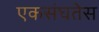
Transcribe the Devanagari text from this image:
एकसंघतेस